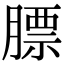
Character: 膘